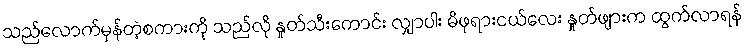
သည်လောက်မှန်တဲ့စကားကို သည်လို နှုတ်သီးကောင်း လျှာပါး မိဖုရားငယ်လေး နှုတ်ဖျားက ထွက်လာရန်